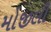
મોજીલી